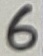
Text: 6